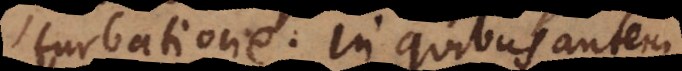
turbatione. In quibus autem